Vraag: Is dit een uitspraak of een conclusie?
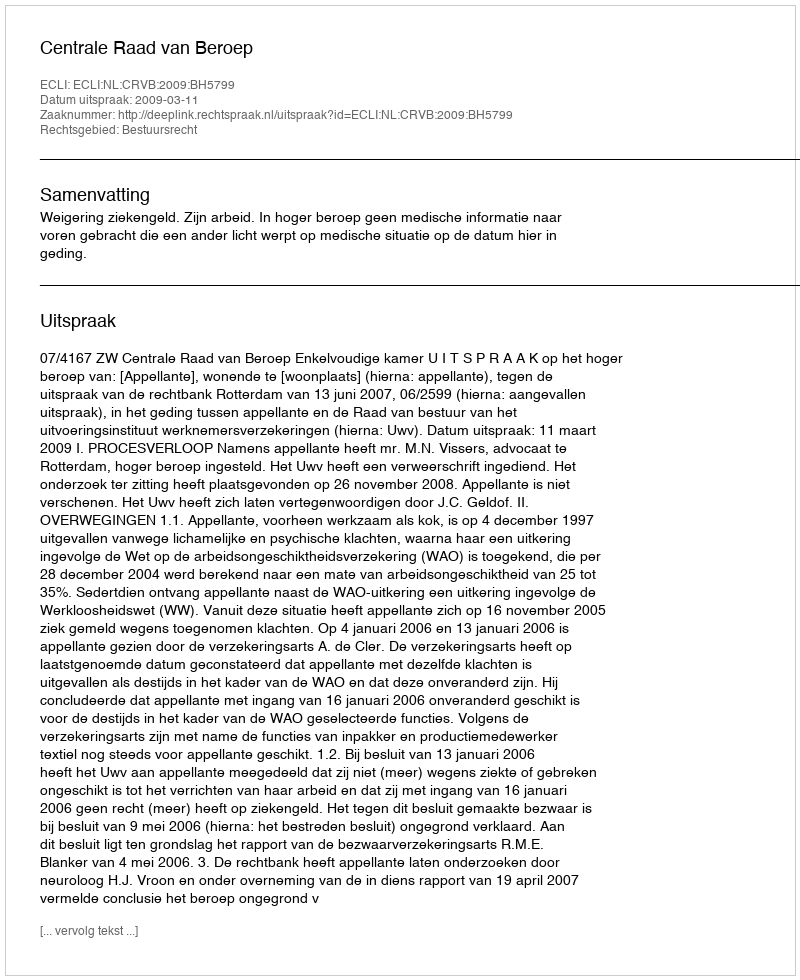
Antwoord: Uitspraak